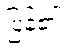
ပြန်၏